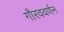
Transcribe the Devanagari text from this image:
गौरववर्णन